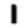
Digit: 1